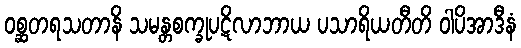
ဝစ္ဆတရသတာနိ သမန္တစက္ခုပဋိလာဘာယ ပသာရိယတီတိ ဝါပိအာဒီနံ